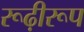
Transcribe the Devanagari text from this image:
रूढ़ीरूप